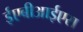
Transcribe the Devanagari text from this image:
ईएबीआईएस